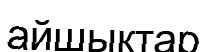
айшықтар